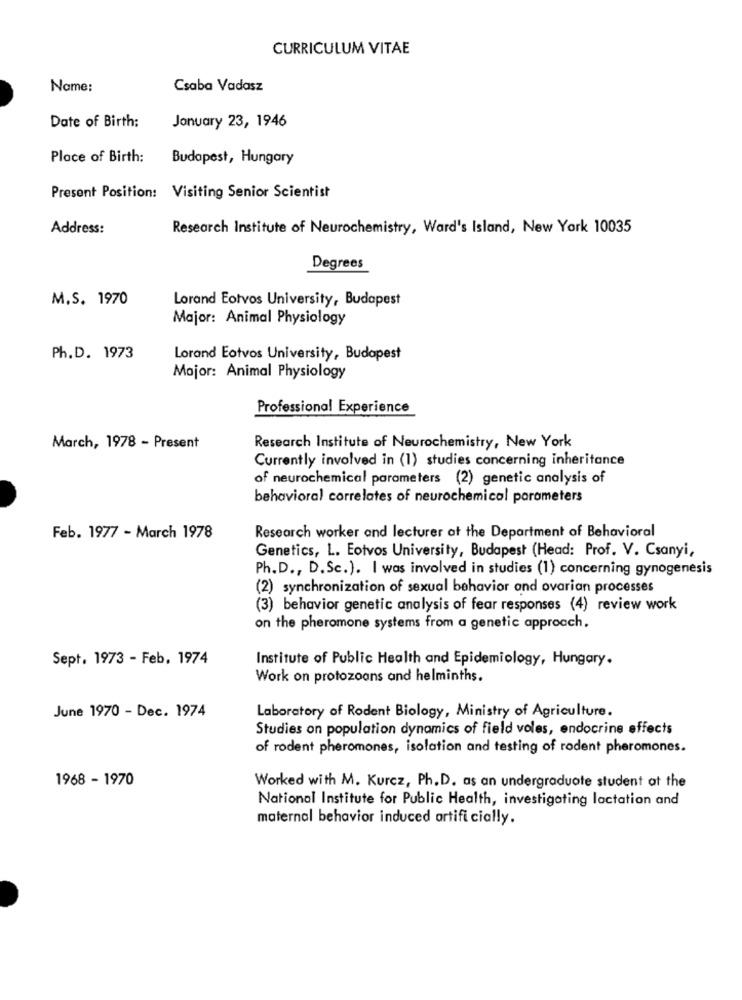
CURRICULUM VITAE
Name:
Csaba Vadasz
January 23, 1946
Date of Birth:
Place of Birth:
Budapest, Hungary
Present Position: Visiting Senior Scientist
Address:
Research Institute of Neurochemistry, Ward's Island, New York 10035
Degrees
M.S. 1970
Lorand Eotvos University, Budapest
Major: Animal Physiology
Ph.D. 1973
Lorand Eotvos University, Budapest
Major: Animal Physiology
Professional Experience
March, 1978 - Present
Research Institute of Neurochemistry, New York
Currently involved in (1) studies concerning inheritance
of neurochemical parameters (2) genetic analysis of
behavioral correlates of neurochemical parameters
Feb. 1977 - March 1978
Research worker and lecturer at the Department of Behavioral
Genetics, L. Eotvos University, Budapest (Head: Prof. V. Csanyi,
Ph.D ., D.Sc.). I was involved in studies (1) concerning gynogenesis
(2) synchronization of sexual behavior and ovarian processes
(3) behavior genetic analysis of fear responses (4) review work
on the pheromone systems from a genetic approach.
Sept. 1973 - Feb. 1974
Institute of Public Health and Epidemiology, Hungary.
Work on protozoans and helminths.
June 1970 - Dec. 1974
Laboratory of Rodent Biology, Ministry of Agriculture.
Studies on population dynamics of field voles, endocrine effects
of rodent pheromones, isolation and testing of rodent pheromones.
1968 - 1970
Worked with M. Kurcz, Ph. D. as an undergraduate student at the
National Institute for Public Health, investigating lactation and
maternal behavior induced artificially.